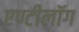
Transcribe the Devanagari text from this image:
एण्टीलॉग